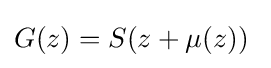
G(z)=S(z+\mu (z))\